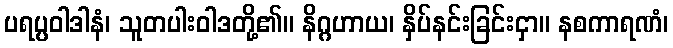
ပရပ္ပဝါဒါနံ၊ သူတပါးဝါဒတို့၏။ နိဂ္ဂဟာယ၊ နှိပ်နင်းခြင်းငှာ။ နစကာရဏံ၊